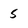
Character: 5